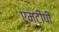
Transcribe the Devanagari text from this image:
एमटीपी